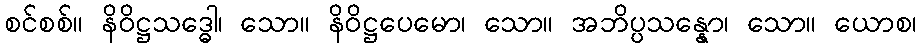
စင်စစ်။ နိဝိဋ္ဌသဒ္ဓေါ၊ သော။ နိဝိဋ္ဌပေမော၊ သော။ အဘိပ္ပသန္နော၊ သော။ ယောစ၊